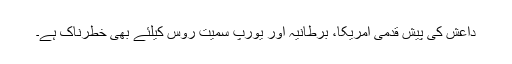
داعش کی پیش قدمی امریکا، برطانیہ اور یورپ سمیت روس کیلئے بھی خطرناک ہے۔